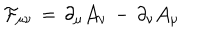
\mathcal { F } _ { \mu \nu } \, = \, \partial _ { \mu } \mathcal { A } _ { \nu } \, - \, \partial _ { \nu } \mathcal { A } _ { \mu }